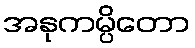
အနုကမ္ပိတော